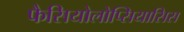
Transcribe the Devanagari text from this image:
फैसियोलोप्सियासिस